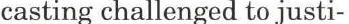
casting challenged to justi-